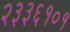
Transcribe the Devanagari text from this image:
२३३६१०१